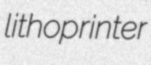
lithoprinter